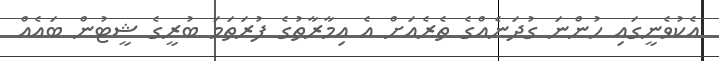
އެކުވެނީގައި ހުންނަ ގުދަނެއްގެ ތެރެއަށް އެ އިމާރާތުގެ ފުރަތަމަ ބުރީގެ ޝީޓުން ބައެއް